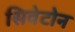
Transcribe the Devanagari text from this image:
सिवेटोन